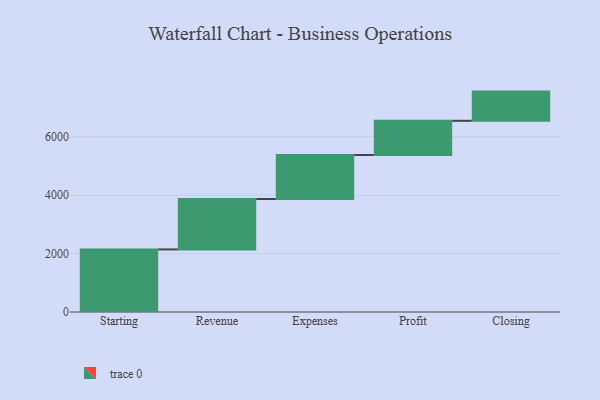
{"axis": {"x": "Step", "y": "Value"}, "legend": [""], "data": [{"x": "Starting", "y": 2143.0, "type": ""}, {"x": "Revenue", "y": 1727.0, "type": ""}, {"x": "Expenses", "y": 1508.0, "type": ""}, {"x": "Profit", "y": 1171.0, "type": ""}, {"x": "Closing", "y": 1000, "type": ""}]}